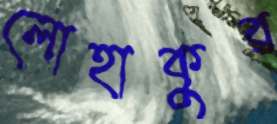
লোহাকুর